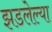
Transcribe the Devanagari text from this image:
झडलेल्या